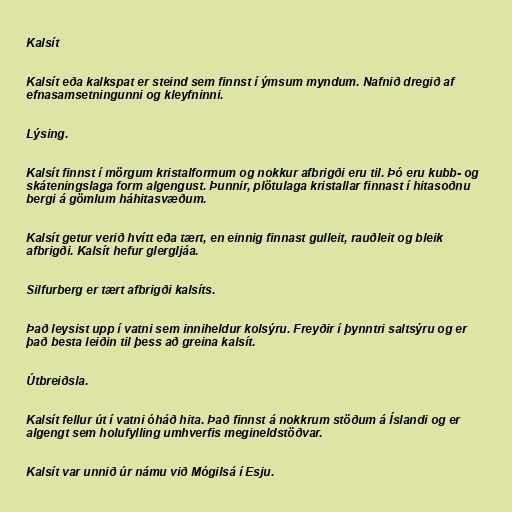
Kalsít

Kalsít eða kalkspat er steind sem finnst í ýmsum myndum. Nafnið dregið af
efnasamsetningunni og kleyfninni.

Lýsing.

Kalsít finnst í mörgum kristalformum og nokkur afbrigði eru til. Þó eru kubb- og
skáteningslaga form algengust. Þunnir, plötulaga kristallar finnast í hitasoðnu
bergi á gömlum háhitasvæðum.

Kalsít getur verið hvítt eða tært, en einnig finnast gulleit, rauðleit og bleik
afbrigði. Kalsít hefur glergljáa.

Silfurberg er tært afbrigði kalsíts.

Það leysist upp í vatni sem inniheldur kolsýru. Freyðir í þynntri saltsýru og er
það besta leiðin til þess að greina kalsít.

Útbreiðsla.

Kalsít fellur út í vatni óháð hita. Það finnst á nokkrum stöðum á Íslandi og er
algengt sem holufylling umhverfis megineldstöðvar.

Kalsít var unnið úr námu við Mógilsá í Esju.